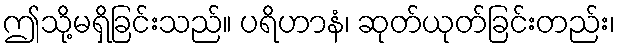
ဤသို့မရှိခြင်းသည်။ ပရိဟာနံ၊ ဆုတ်ယုတ်ခြင်းတည်း၊